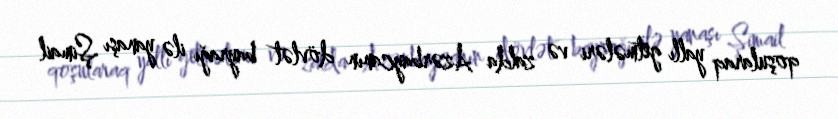
qoşularaq yallı getmələri və zalda Azərbaycanın dövlət bayrağı ilə yanaşı Şimail